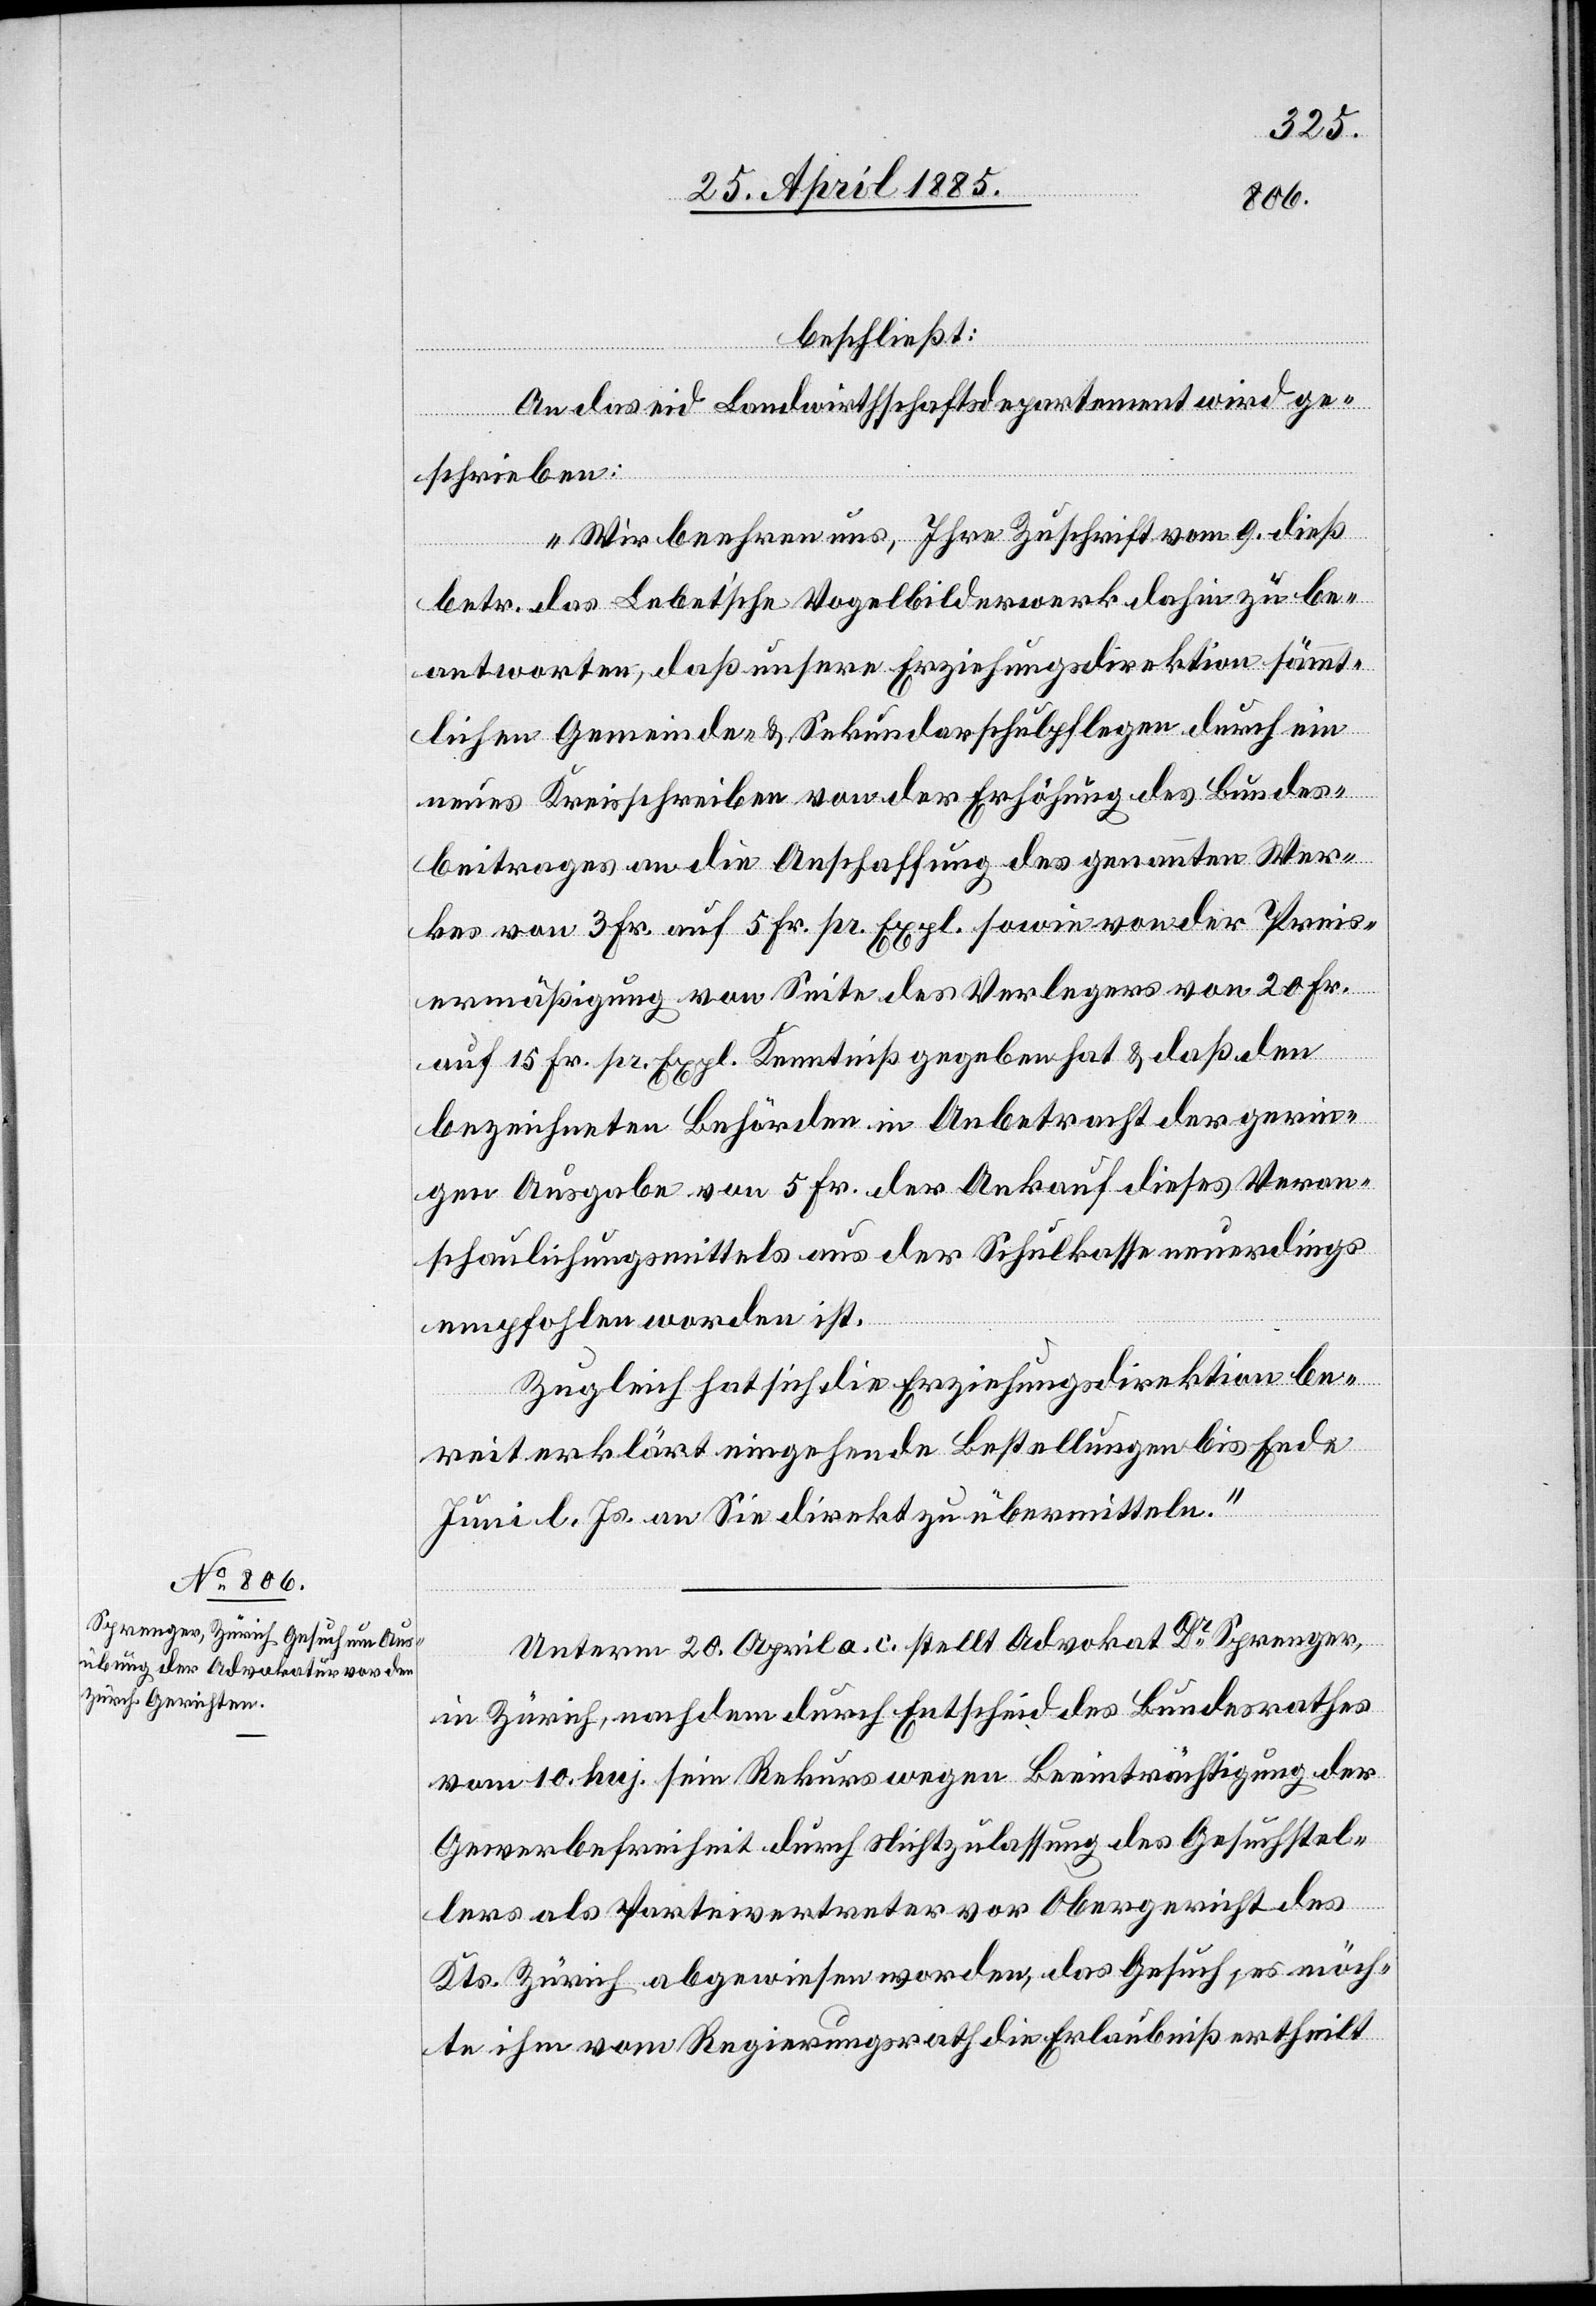
beschließt:
An das eid. Landwirthschaftsdepartement wird ge¬
schrieben:
„Wir beehren uns, Ihre Zuschrift vom 9. dieß
betr. das Lebet’sche Vogelbilderwerk dahin zu be¬
antworten, daß unsere Erziehungsdirektion sämmt¬
lichen Gemeinde- & Sekundarschulpflegen durch ein
neues Kreisschreiben von der Erhöhung des Bundes¬
beitrages an die Anschaffung des genannten Wer¬
kes von 3 Fr. auf 5 Fr. pr. Expl. sowie von der Preis¬
ermäßigung von Seite des Verlegers von 20 Fr.
auf 15 Fr. pr. Expl. Kenntniß gegeben hat & daß den
bezeichneten Behörden in Anbetracht der gerin¬
gen Ausgabe von 5 Fr. der Ankauf dieses Veran¬
schaulichungsmittels aus der Schulkasse neuerdings
empfohlen worden ist.
Zugleich hat sich die Erziehungsdirektion be¬
reit erklärt eingehende Bestellungen bis Ende
Juni l. Js. an Sie direkt zu übermitteln.“
Unterm 20. April a. c. stellt Advokat Dr Sprenger,
in Zürich, nachdem durch Entscheid des Bundesrathes
vom 10. huj. sein Rekurs wegen Beeinträchtigung der
Gewerbefreiheit durch Nichtzulassung des Gesuchstel¬
lers als Parteivertreter vor Obergericht des
Kts. Zürich abgewiesen worden, das Gesuch, es möch¬
te ihm vom Regierungsrath die Erlaubniß ertheilt